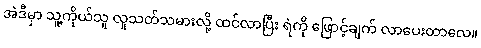
အဲဒီမှာ သူ့ကိုယ်သူ လူသတ်သမားလို့ ထင်လာပြီး ရဲကို ဖြောင့်ချက် လာပေးတာလေ။